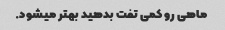
ماهی رو کمی تفت بدهید بهتر میشود.